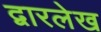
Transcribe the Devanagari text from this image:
द्वारलेख